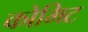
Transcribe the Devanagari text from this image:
कोमिट